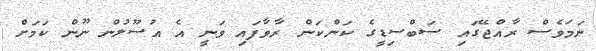
ނަމަވެސް ރާއްޖޭގައި ސަބްސިޑީގެ ކަންކަން ރާވާފައި ވަނީ އެ އުސޫލުން ނޫން ކަމަށް